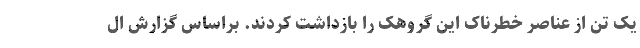
یک تن از عناصر خطرناک این گروهک را بازداشت کردند. براساس گزارش ال